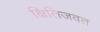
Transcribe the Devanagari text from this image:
क्षितिजवत